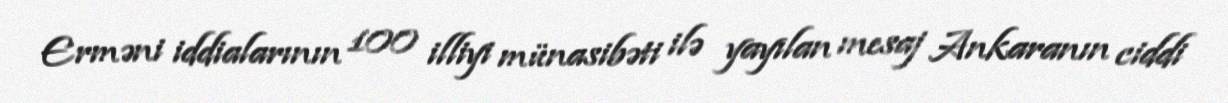
Erməni iddialarının 100 illiyi münasibəti ilə yayılan mesaj Ankaranın ciddi